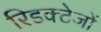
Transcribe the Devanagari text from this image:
रिडक्टेजों